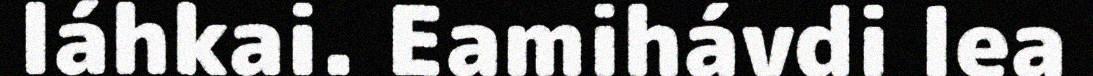
láhkai. Eamihávdi lea